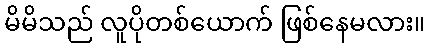
မိမိသည် လူပိုတစ်ယောက် ဖြစ်နေမလား။